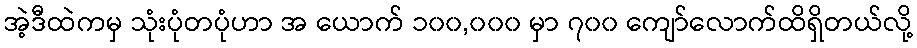
အဲ့ဒီထဲကမှ သုံးပုံတပုံဟာ အ ယောက် ၁၀၀,၀၀၀ မှာ ၇၀၀ ကျော်လောက်ထိရှိတယ်လို့